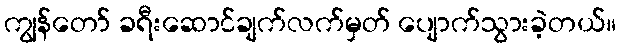
ကျွန်တော် ခရီးဆောင်ချက်လက်မှတ် ပျောက်သွားခဲ့တယ်။